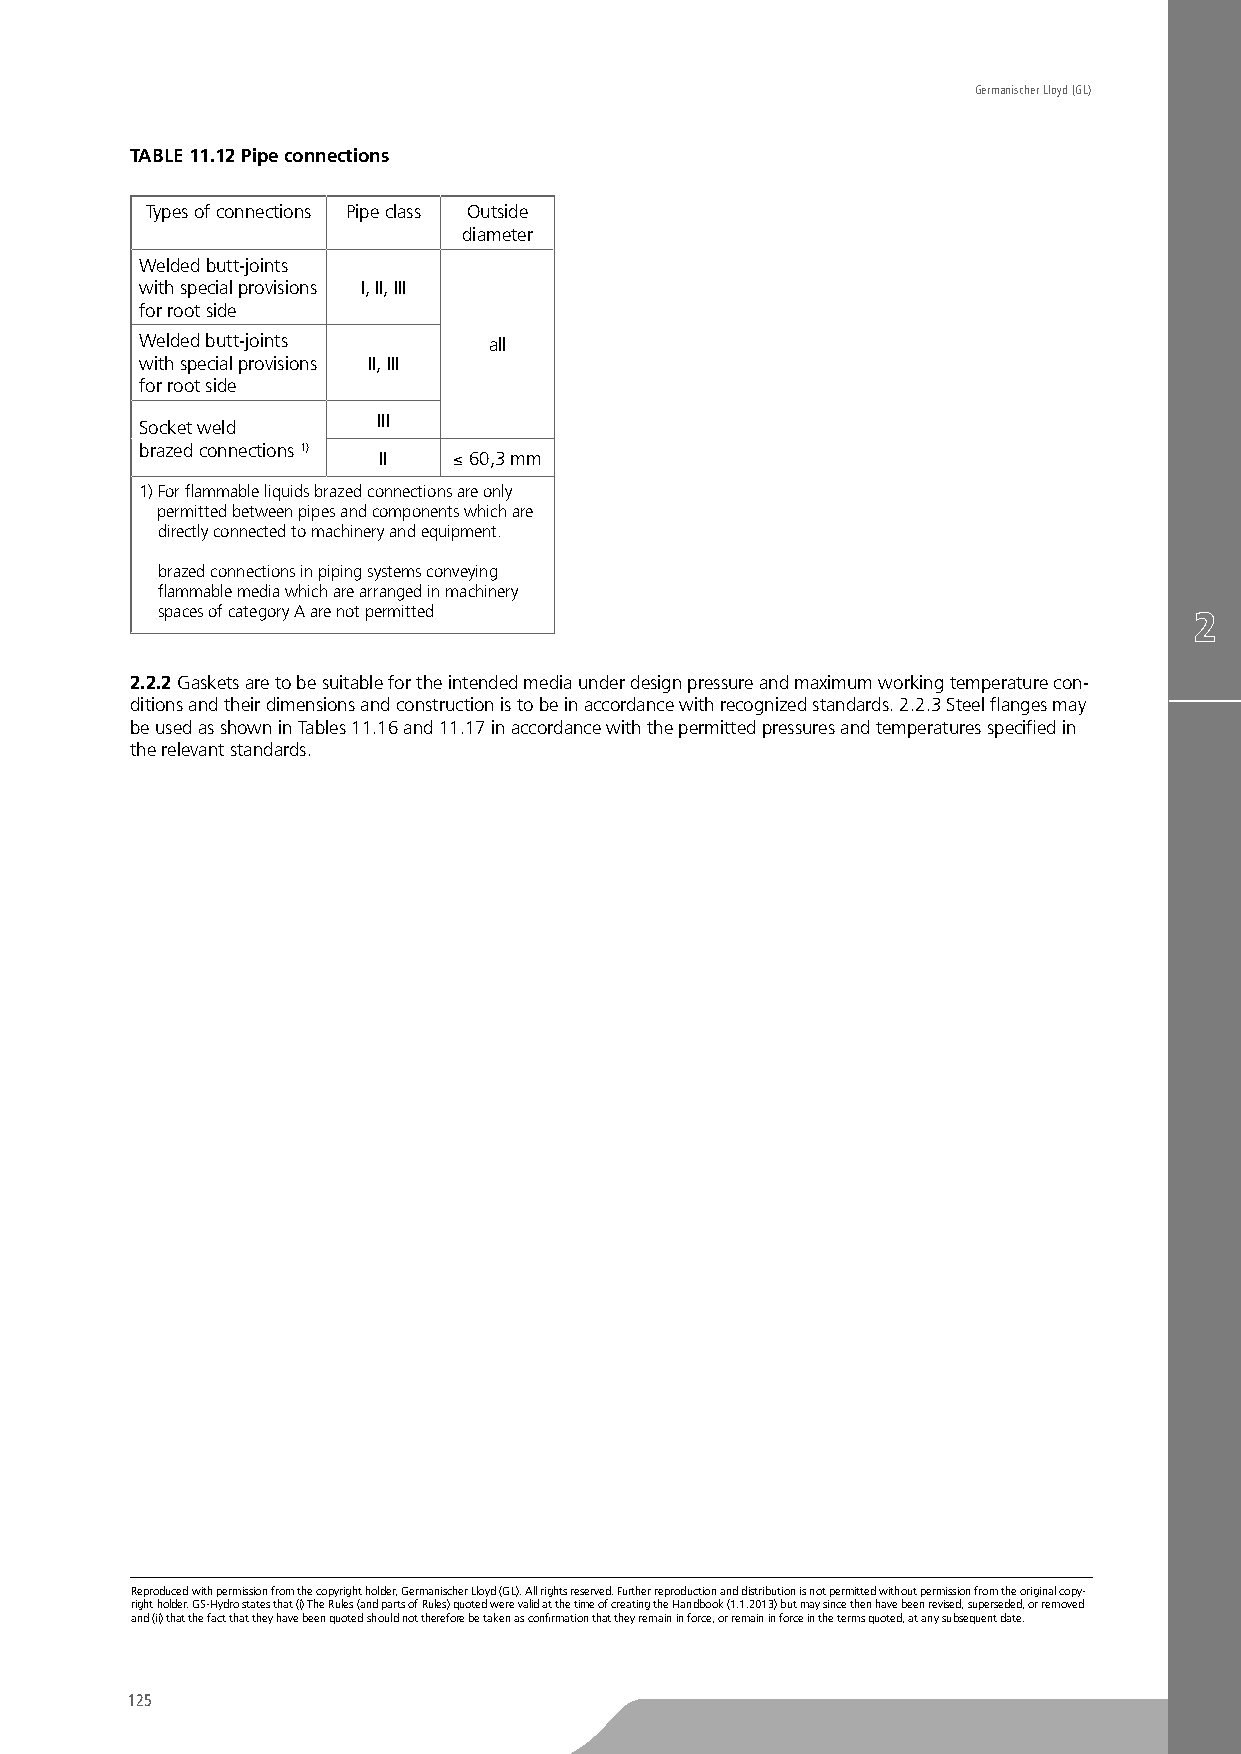
Germanischer Lloyd (GL)
 TABLE 11.12 Pipe connections
 Types of connections Pipe class Outside
 diameter
 Welded butt-joints
 with special provisions I, II, III
 for root side
 Welded butt-joints     all
 with special provisions II, III
 for root side
 III
 Socket weld
 brazed connections 1)
 II   ≤ 60,3 mm
 1) For flammable liquids brazed connections are only
 permitted between pipes and components which are
 directly connected to machinery and equipment.
 brazed connections in piping systems conveying
 flammable media which are arranged in machinery
 spaces of category A are not permitted
 2.2.2 Gaskets are to be suitable for the intended media under design pressure and maximum working temperature con-
 ditions and their dimensions and construction is to be in accordance with recognized standards. 2.2.3 Steel flanges may
 be used as shown in Tables 11.16 and 11.17 in accordance with the permitted pressures and temperatures specified in
 the relevant standards.
 Reproduced with permission from the copyright holder, Germanischer Lloyd (GL). All rights reserved. Further reproduction and distribution is not permitted without permission from the original copy-
 right holder. GS-Hydro states that (i) The Rules (and parts of Rules) quoted were valid at the time of creating the Handbook (1.1.2013) but may since then have been revised, superseded, or removed
 and (ii) that the fact that they have been quoted should not therefore be taken as confirmation that they remain in force, or remain in force in the terms quoted, at any subsequent date.
 125